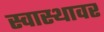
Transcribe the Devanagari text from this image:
स्वास्थावर